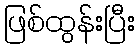
ဖြစ်ထွန်းပြီး